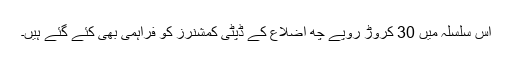
اس سلسلہ میں 30 کروڑ روپے چھ اضلاع کے ڈپٹی کمشنرز کو فراہمی بھی کئے گئے ہیں۔